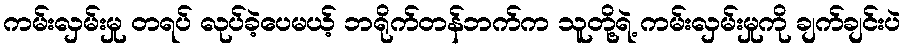
ကမ်းလှမ်းမှု တရပ် လုပ်ခဲ့ပေမယ့် ဘရိုက်တန်ဘက်က သူတို့ရဲ့ ကမ်းလှမ်းမှုကို ချက်ချင်းပဲ